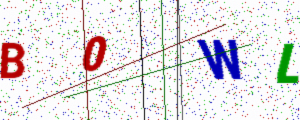
Text: B0WL